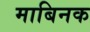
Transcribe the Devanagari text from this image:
माबिनक